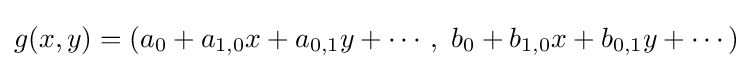
g(x,y)=\left(a_{0}+a_{1,0}x+a_{0,1}y+\cdots ,\ b_{0}+b_{1,0}x+b_{0,1}y+\cdots \right)